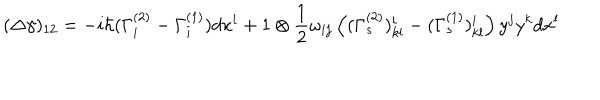
( \Delta \gamma ) _ { 1 2 } = - i \hbar ( \Gamma _ { i } ^ { ( 2 ) } - \Gamma _ { i } ^ { ( 1 ) } ) d x ^ { i } + 1 \otimes \frac { 1 } { 2 } \omega _ { i j } \left( ( \Gamma _ { s } ^ { ( 2 ) } ) _ { k l } ^ { i } - ( \Gamma _ { s } ^ { ( 1 ) } ) _ { k l } ^ { i } \right) y ^ { j } y ^ { k } d x ^ { l }